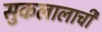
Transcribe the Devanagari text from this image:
सुकलालाची